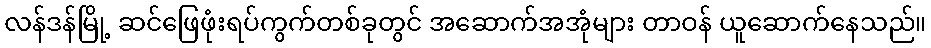
လန်ဒန်မြို့ ဆင်ဖြေဖုံးရပ်ကွက်တစ်ခုတွင် အဆောက်အအုံများ တာဝန် ယူဆောက်နေသည်။